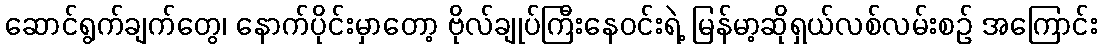
ဆောင်ရွက်ချက်တွေ၊ နောက်ပိုင်းမှာတော့ ဗိုလ်ချုပ်ကြီးနေဝင်းရဲ့ မြန်မာ့ဆိုရှယ်လစ်လမ်းစဉ် အကြောင်း